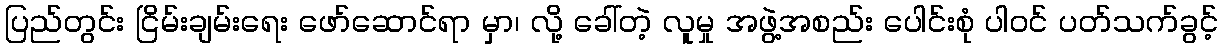
ပြည်တွင်း ငြိမ်းချမ်းရေး ဖော်ဆောင်ရာ မှာ၊ လို့ ခေါ်တဲ့ လူမှု အဖွဲ့အစည်း ပေါင်းစုံ ပါဝင် ပတ်သက်ခွင့်